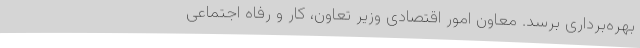
بهره‌برداری برسد. معاون امور اقتصادی وزیر تعاون، کار و رفاه اجتماعی